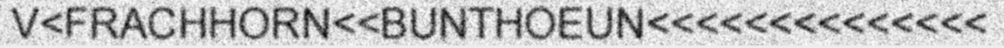
V<FRACHHORN<<BUNTHOEUN<<<<<<<<<<<<<<